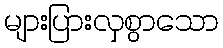
များပြားလှစွာသော